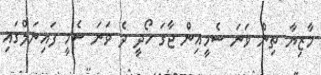
މާޒިޔާ ތިން ވަނަ ސެމީއިން ޖާގަ ހޯދީ ދެ ވަނަ ސެމީ ފައިނަލްގައި